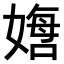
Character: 𫱙